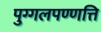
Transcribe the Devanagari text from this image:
पुग्गलपण्णत्ति